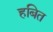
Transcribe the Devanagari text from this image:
हबित